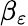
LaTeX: \beta_{\varepsilon}